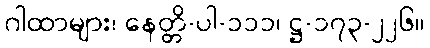
ဂါထာများ၊ နေတ္တိ-ပါ-၁၁၁၊ ဋ္ဌ-၁၇၃-၂၂၆။